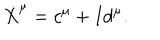
\dot { X } ^ { \mu } = c ^ { \mu } + I d ^ { \mu } .